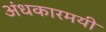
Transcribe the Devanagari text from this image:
अंधकारमयी